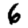
Digit: 6